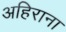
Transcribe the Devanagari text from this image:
अहिराना